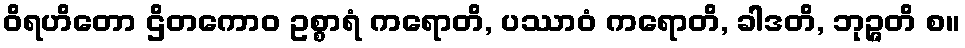
ဝိရဟိတော ဌိတကောဝ ဥစ္စာရံ ကရောတိ, ပဿာဝံ ကရောတိ, ခါဒတိ, ဘုဉ္ဇတိ စ။